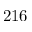
2 1 6